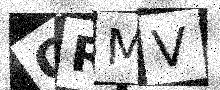
Text: CRMV